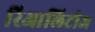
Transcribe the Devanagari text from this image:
रिआलिटीज